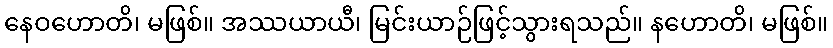
နေဝဟောတိ၊ မဖြစ်။ အဿယာယီ၊ မြင်းယာဉ်ဖြင့်သွားရသည်။ နဟောတိ၊ မဖြစ်။